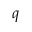
q